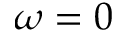
\omega = 0